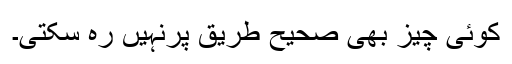
کوئی چیز بھی صحیح طریق پرنہیں رہ سکتی۔